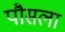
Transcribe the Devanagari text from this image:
पौसला